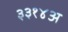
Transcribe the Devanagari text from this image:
३३१४अ